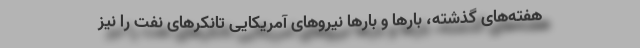
هفته‌های گذشته، بارها و بارها نیروهای آمریکایی تانکرهای نفت را نیز